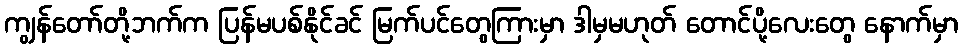
ကျွန်တော်တို့ဘက်က ပြန်မပစ်နိုင်ခင် မြက်ပင်တွေကြားမှာ ဒါမှမဟုတ် တောင်ပို့လေးတွေ နောက်မှာ